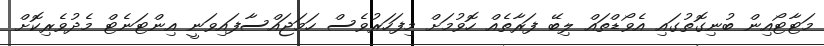
މަޓާޓޯއިން ބުނިގޮތުގައި އެވޯޑްތައް ލިބޭ ފަރާތެއް ހޮވުމަށް މިފަހަރުވެސް ހަމަޖައްސާފައިވަނީ އިންޓަނެޓް މެދުވެރިކޮށް